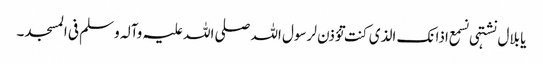
یا بلال نشتہی نسمع اذانک الذی کنت تؤذن لرسول اللہ صلی اللہ علیہ وآلہ وسلم فی المسجد۔